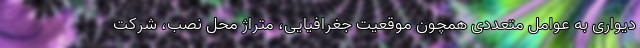
دیواری به عوامل متعددی همچون موقعیت جغرافیایی، متراژ محل نصب، شرکت